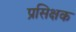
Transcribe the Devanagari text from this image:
प्रसिक्षक